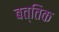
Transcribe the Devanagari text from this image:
बत्तिक